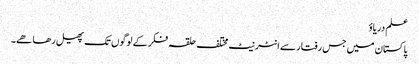
علم دریاؤ
پاکستان میں جس رفتار سے انٹرنیٹ مختلف حلقہ فکر کے لوگوں تک پھیل رھا ھے۔